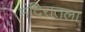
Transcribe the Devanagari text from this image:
मंदिरातला